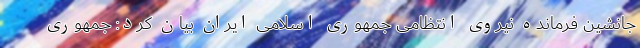
جانشین فرمانده نیروی انتظامی جمهوری اسلامی ایران بیان کرد: جمهوری